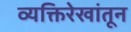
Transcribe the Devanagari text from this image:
व्यक्तिरेखांतून